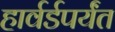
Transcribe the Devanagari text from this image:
हार्वर्डपर्यंत